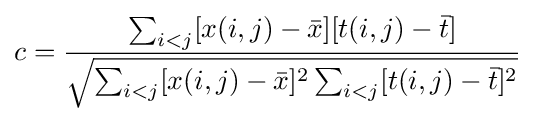
c={\frac {\sum _{i<j}[x(i,j)-{\bar {x}}][t(i,j)-{\bar {t}}]}{\sqrt {\sum _{i<j}[x(i,j)-{\bar {x}}]^{2}\sum _{i<j}[t(i,j)-{\bar {t}}]^{2}}}}